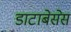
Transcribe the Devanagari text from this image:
डाटाबेसेस